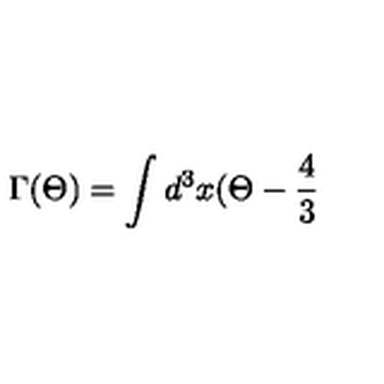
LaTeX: \Gamma ( \Theta ) = \int d ^ { 3 } x ( \Theta - \frac { 4 } { 3 }